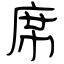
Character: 席